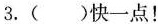
3.()快一点！